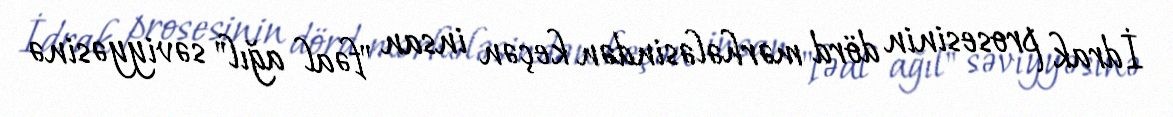
İdrak prosesinin dörd mərhələsindən keçən insan "fəal ağıl" səviyyəsinə